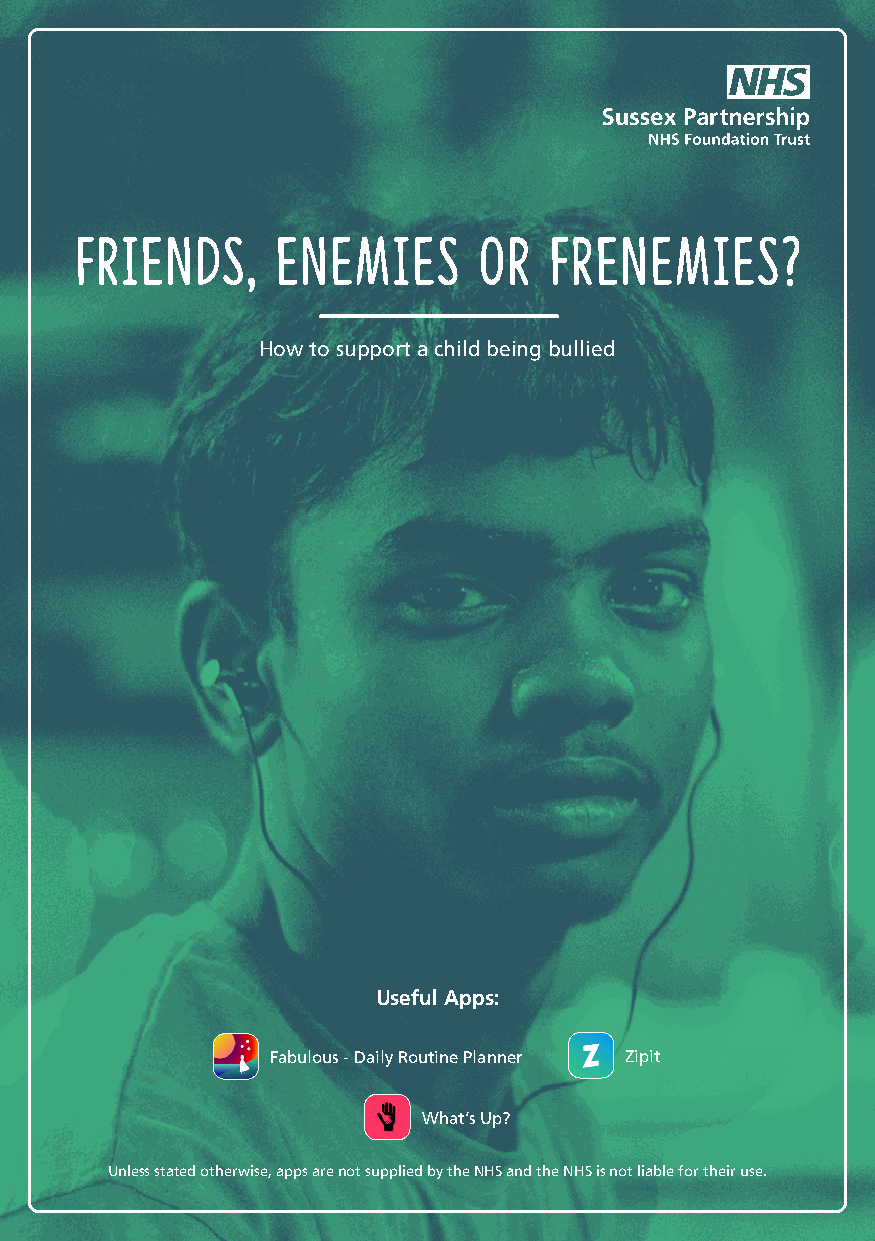
Friends,     enemies       or  Frenemies?
 How to support a child being bullied
 Useful Apps:
 Fabulous - Daily Routine Planner Zipit
 What’s Up?
 Unless stated otherwise, apps are not supplied by the NHS and the NHS is not liable for their use.